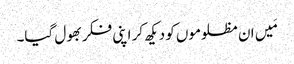
مَیں ان مظلوموں کو دیکھ کر اپنی فکر بھول گیا۔